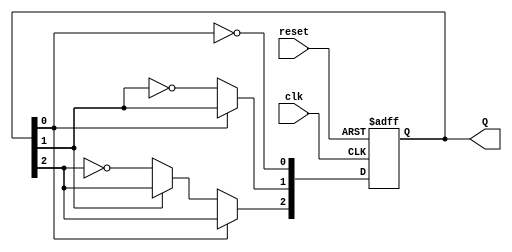
module async_counter (
    input wire clk,          // Clock input
    input wire reset,        // Asynchronous reset
    output reg [2:0] Q       // 3-bit output for counting (can be adjusted for more bits)
);

// Always block for the counter operation
always @(posedge clk or posedge reset) begin
    if (reset) begin
        Q <= 3'b000;        // Reset the counter to 0
    end else begin
        Q[0] <= ~Q[0];      // Toggle the least significant bit
        if (Q[0] == 1'b0) begin // If LSB is 0, toggle the next bit
            Q[1] <= ~Q[1];  // Toggle the second bit
            if (Q[1] == 1'b0) begin // If second bit is 0, toggle the next bit
                Q[2] <= ~Q[2]; // Toggle the most significant bit
            end
        end
    end
end

endmodule